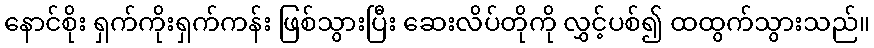
နောင်စိုး ရှက်ကိုးရှက်ကန်း ဖြစ်သွားပြီး ဆေးလိပ်တိုကို လွှင့်ပစ်၍ ထထွက်သွားသည်။